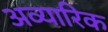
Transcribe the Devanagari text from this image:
अव्यारिक